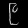
Digit: ၉